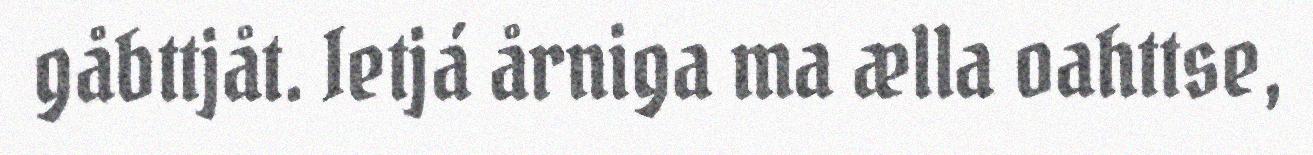
gåbttjåt. Ietjá årniga ma ælla oahttse,